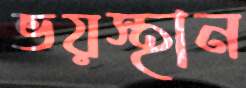
ভয়স্থান